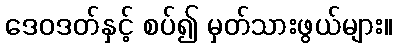
ဒေဝဒတ်နှင့် စပ်၍ မှတ်သားဖွယ်များ။